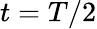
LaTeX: t=T/2